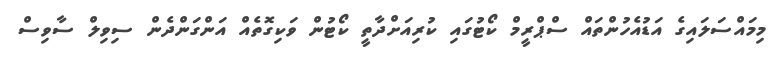
މިމައްސަލައިގެ އަޑުއެހުންތައް ސްޕްރީމް ކޯޓުގައި ކުރިއަށްދާތީ ކޯޓުން ވަކިގޮތެއް އަންގަންދެން ސިވިލް ސާވިސް